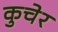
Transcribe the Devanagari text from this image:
कुचेर